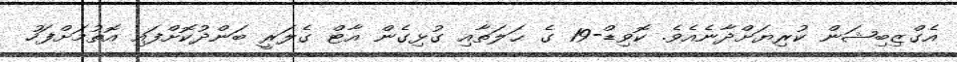
އެގްޒިބިޝަން ކުރިޔަށްދާނެއެވެ. ކޮވިޑް-19 ގެ ޙަލަތާއި ގުޅިގެން އާޓް ގެލަރީ ބަންދުކޮށްފައި އޮތުމަށްފަހު